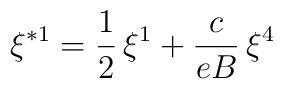
\xi ^{\ast 1}=\frac{1}{2}\,\xi ^{1}+\frac{c}{eB}\,\xi ^{4}